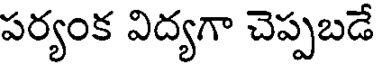
పర్యంక విద్యగా చెప్పబడే